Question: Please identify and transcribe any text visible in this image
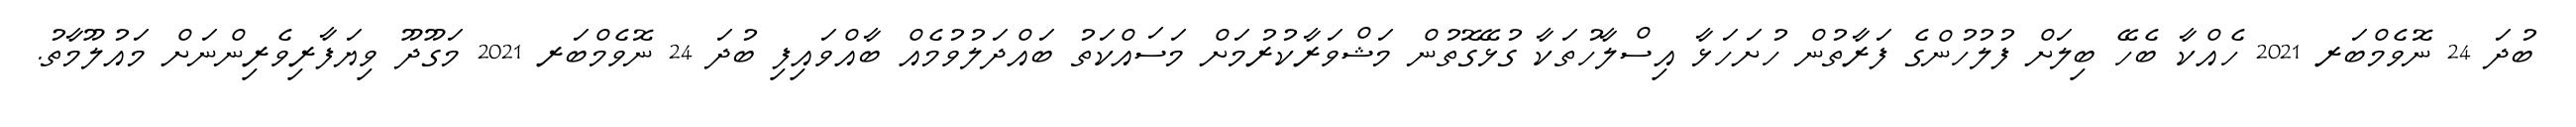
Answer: ބުދަ 24 ނޮވެމްބަރ 2021 ހެއްކާ ބެހޭ ބިލަށް ފުލުހުންގެ ފަރާތުން ހުށަހަޅާ އިސްލާހުތަކާ ގުޅޭގޮތުން މަޝްވަރާކުރުމަށް މަސައްކަތު ބައްދަލުވުމެއް ބާއްވައިފި ބުދަ 24 ނޮވެމްބަރ 2021 މަގޫދޫ ވިޔަފާރިވެރިންނަށް މައުލޫމާތު.